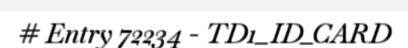
# Entry 72234 - TD1_ID_CARD